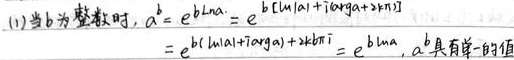
(1)当$b$为整数时，
\begin{align*}
a^b&=e^{b\ln a}=e^{b[\ln|a|+i\mathrm{arg}a + 2k\pi i]}\\
&=e^{b(\ln|a|+i\mathrm{arg}a)+ 2bk\pi i}=e^{b\ln a}
\end{align*}
$a^b$具有单一的值。